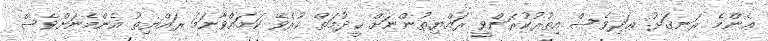
ޢެންމެ ރަނގަޅު. ޢަދިވެސް އިތުރުކުރަންވީ ރައްޔިތުންނަށް ޙީދުމަތް ކުރެވޭ ކަމައްވާނަމަ ރައްޔިތު އެންމެނަށްވެސް